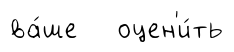
ва́ше оцен'и́ть